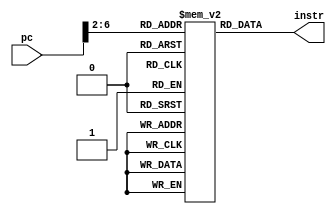
module InstructionMemory(
    input [31:0] pc, // entrada para o contador de programa
    output reg [31:0] instr // saída para a instrução
);

    reg [31:0] memory [0:31]; // memória para armazenar instruções

    initial begin
        memory[0]  = 32'h3c011001; // la $t0, musics
        memory[1]  = 32'h34280000; 
        memory[2]  = 32'h3c011001; // la $t1, msc1
        memory[3]  = 32'h34290020; 
        memory[4]  = 32'had090000; // sw $t1, 0($t0)
        memory[5]  = 32'h3c011001; // la $t1, msc2
        memory[6]  = 32'h34290024; 
        memory[7]  = 32'had090004; // sw $t1, 4($t0)
        memory[8]  = 32'h3c011001; // la $t1, msc3
        memory[9]  = 32'h34290028; 
        memory[10] = 32'had090008; // sw $t1, 8($t0)
        memory[11] = 32'h3c011001; // la $t1, msc4
        memory[12] = 32'h3429002c; 
        memory[13] = 32'had09000c; // sw $t1, 12($t0)
        memory[14] = 32'h3c011001; // la $t1, msc5
        memory[15] = 32'h34290030; 
        memory[16] = 32'had090010; // sw $t1, 16($t0)
        memory[17] = 32'h3c011001; // la $t1, msc6
        memory[18] = 32'h34290034; 
        memory[19] = 32'had090014; // sw $t1, 20($t0)
        memory[20] = 32'h3c011001; // la $t1, msc7
        memory[21] = 32'h34290038; 
        memory[22] = 32'had090018; // sw $t1, 24($t0)
        memory[23] = 32'h3c011001; // la $t1, msc8
        memory[24] = 32'h3429003c; 
        memory[25] = 32'had09001c; // sw $t1, 28($t0)
        memory[26] = 32'h240a0004; // li $t2, 4
        memory[27] = 32'h240b0000; // li $t3, 0
        memory[28] = 32'h240c0001; // li $t4, 1
        memory[29] = 32'h3c011001; // lw $s0, musics($t3)
        memory[30] = 32'h002b0821; 
        memory[31] = 32'h8c300000; 
        memory[32] = 32'h240d001c; // li $t5, 28
        memory[33] = 32'h3c011001; // lw $s1, musics($t5)
        memory[34] = 32'h002d0821; 
        memory[35] = 32'h8c310000; 
        memory[36] = 32'h1180000f; // beq $t4, $zero, exit
        memory[37] = 32'h20010001; // subi $t2, $t2, 1
        memory[38] = 32'h01415022; 
        memory[39] = 32'h11400001; // beq $t2, $zero, $change_music
        memory[40] = 32'h08100024; // j loop
        memory[41] = 32'h0c100030; // jal get_index
        memory[42] = 32'h00045821; // move $t3, $a0
        memory[43] = 32'h3c011001; // lw $s0, musics($t3)
        memory[44] = 32'h002b0821; 
        memory[45] = 32'h8c300000; 
        memory[46] = 32'h240a0004; // li $t2, 4
        memory[47] = 32'h12110003; // beq $s0, $s1, change_over
        memory[48] = 32'h216b0004; // addi $t3, $t3, 4
        memory[49] = 32'h000b2021; // move $a0, $t3
        memory[50] = 32'h03e00008; // jr $ra
        memory[51] = 32'h240c0001; // li $t4, 1
        memory[52] = 32'h2402000a; // li $v0, 10
        memory[53] = 32'h0000000c; // syscall
    end

    always @(*) begin
        instr = memory[pc >> 2]; // buscar instrução na memória
    end

endmodule